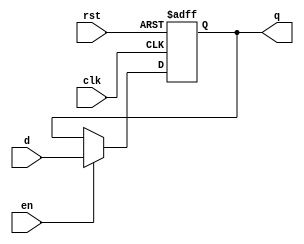
/*
state
dq
state_IFinstr
PCNPC
*/
module flopenr #(parameter WIDTH = 8)
              (clk, rst, en, d, q);

   input              clk;
   input              rst;
   input              en;
   input  [WIDTH-1:0] d;
   output reg [WIDTH-1:0] q;

 
   always @(posedge clk, posedge rst)
      if (rst)
         q <= 0;
      else if (en)
         q <= d;

endmodule